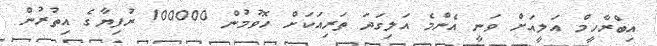
އިބްރާހީމް އަލީއަށް ވަނީ އެންމެ އަލިގަދަ ތަރިއަކަށް ހޮވުމުން 100000 ރުފިޔާގެ އިތުރުން